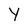
Character: Y